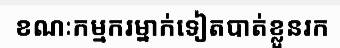
ខណៈកម្មករម្នាក់ទៀតបាត់ខ្លួនរក